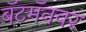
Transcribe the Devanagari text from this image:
बॅटमॅनवर